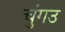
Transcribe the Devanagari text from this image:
चुंगउ